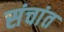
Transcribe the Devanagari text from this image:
संचांत